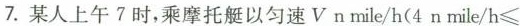
7. 某人上午 7 时，乘摩托艇以匀速 $$V n mile/h( 4 n mile / h ≤